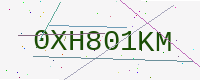
Text: 0XH801KM